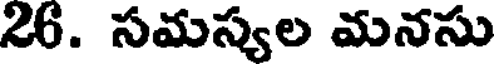
26. సమస్యల మనసు